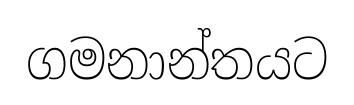
ගමනාන්තයට